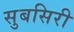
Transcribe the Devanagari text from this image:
सुबसिरी